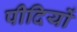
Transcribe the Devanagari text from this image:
पीदियों